system: You are a helpful assistant.
user:
Analyze the provided spectrum to determine if it is a **M-type Giant (gM)**.

A M-type Giant spectrum is defined by its **strong molecular absorption** features, particularly from **Titanium Oxide (TiO)**. You must check for one of the following mutually exclusive signatures:

- **Key Visual Indicators (Absorption-Dominated Spectrum):**

    - **(Primary):** The spectrum is dominated by strong molecular absorption from **Titanium Oxide (TiO)**. This is the **defining feature** of its M-type temperature class.
        - **(Key Bandheads):** Look for sharp, "saw-tooth" absorption valleys. The strongest are located near **~7050 Å**, **~6160 Å**, and **~5170 Å**.
        - **(Line Profile):** The "saw-tooth" morphology is critical: a **sharp, steep drop on the BLUE (short-wavelength) side** of the bandhead, followed by a gradual recovery (rising flux) towards the RED (long-wavelength) side.

    - **(Key Confirmation - Giant vs. Dwarf):** **ABSENCE** of strong **Calcium Hydride (CaH)** molecular bands. This is the primary diagnostic for *excluding* M-dwarfs.
        - **(Key Region):** The spectrum should lack the strong, broad absorption band seen in dwarfs between **~6800 Å and ~7000 Å**.

    - **(Secondary Confirmation - Giant):** A very strong and broad **Neutral Calcium (Ca I)** atomic absorption line.
        - **(Key Line):** Located at **~4226 Å**. In a giant (gM), this line is significantly deeper and broader than the same line in an M-dwarf (dM) due to low surface gravity.

    - **(Overall Spectrum):**
        - The continuum is **extremely red-sloping** (i.e., flux is very low in the blue and rises dramatically towards the red).
        - The entire spectrum appears "chopped up" by the deep TiO bands.

Think first, call **spectral_visualization_tool** if needed to examine features in detail, then provide your final answer. Your response must adhere to the following strict rules:
1.  **Overall Structure:** Your response must follow the format `<think>...</think> <tool_call>...</tool_call> (if a tool is used) <answer>...</answer>`.
2.  **Tool Usage Constraint:** You may only make **one** tool call per turn.
3.  **Final Answer Format:** In the `<answer>` tag, your conclusion must be inside a `\boxed{}` command (e.g., `\boxed{YES}` or `\boxed{NO}`), followed by your justification.

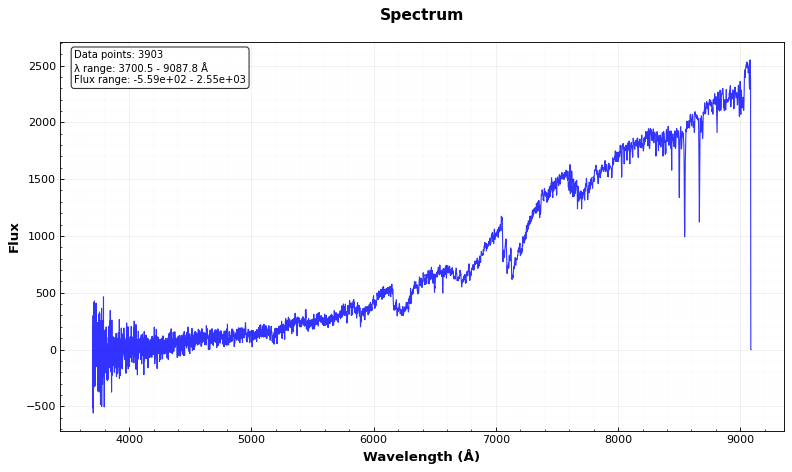
Answer: YES